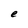
Character: e